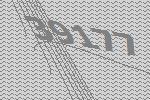
39177